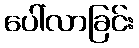
ပေါ်လာခြင်း